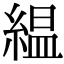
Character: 緼